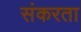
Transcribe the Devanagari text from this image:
संकरता